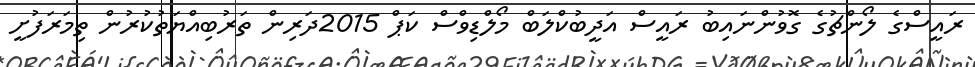
ރައީސްގެ ލޯންޗުގެ ގޮވުންނައިބު ރައީސް އަދީބުކްލަބް މޯލްޑިވްސް ކަޕް 2015ދަރިން ތަރުބިއްޔަތުކުރުން ތިމަރަފުށީ